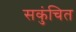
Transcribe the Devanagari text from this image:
सकुंचित